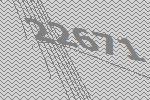
22671